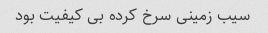
سیب زمینی سرخ کرده بی کیفیت بود